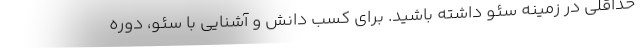
حداقلی در زمینه سئو داشته باشید. برای کسب دانش و آشنایی با سئو، دوره